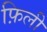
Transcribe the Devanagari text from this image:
फ़िली